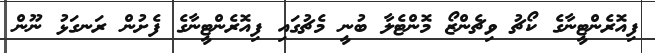
ފިއޮރެންޓީނާގެ ކޯޗު ވިޗެންޒޯ މޮންޓެލާ ބުނީ މެޗުގައި ފިއޮރެންޓީނާގެ ފެށުން ރަނގަޅު ނޫން